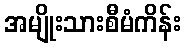
အမျိုးသားစီမံကိန်း